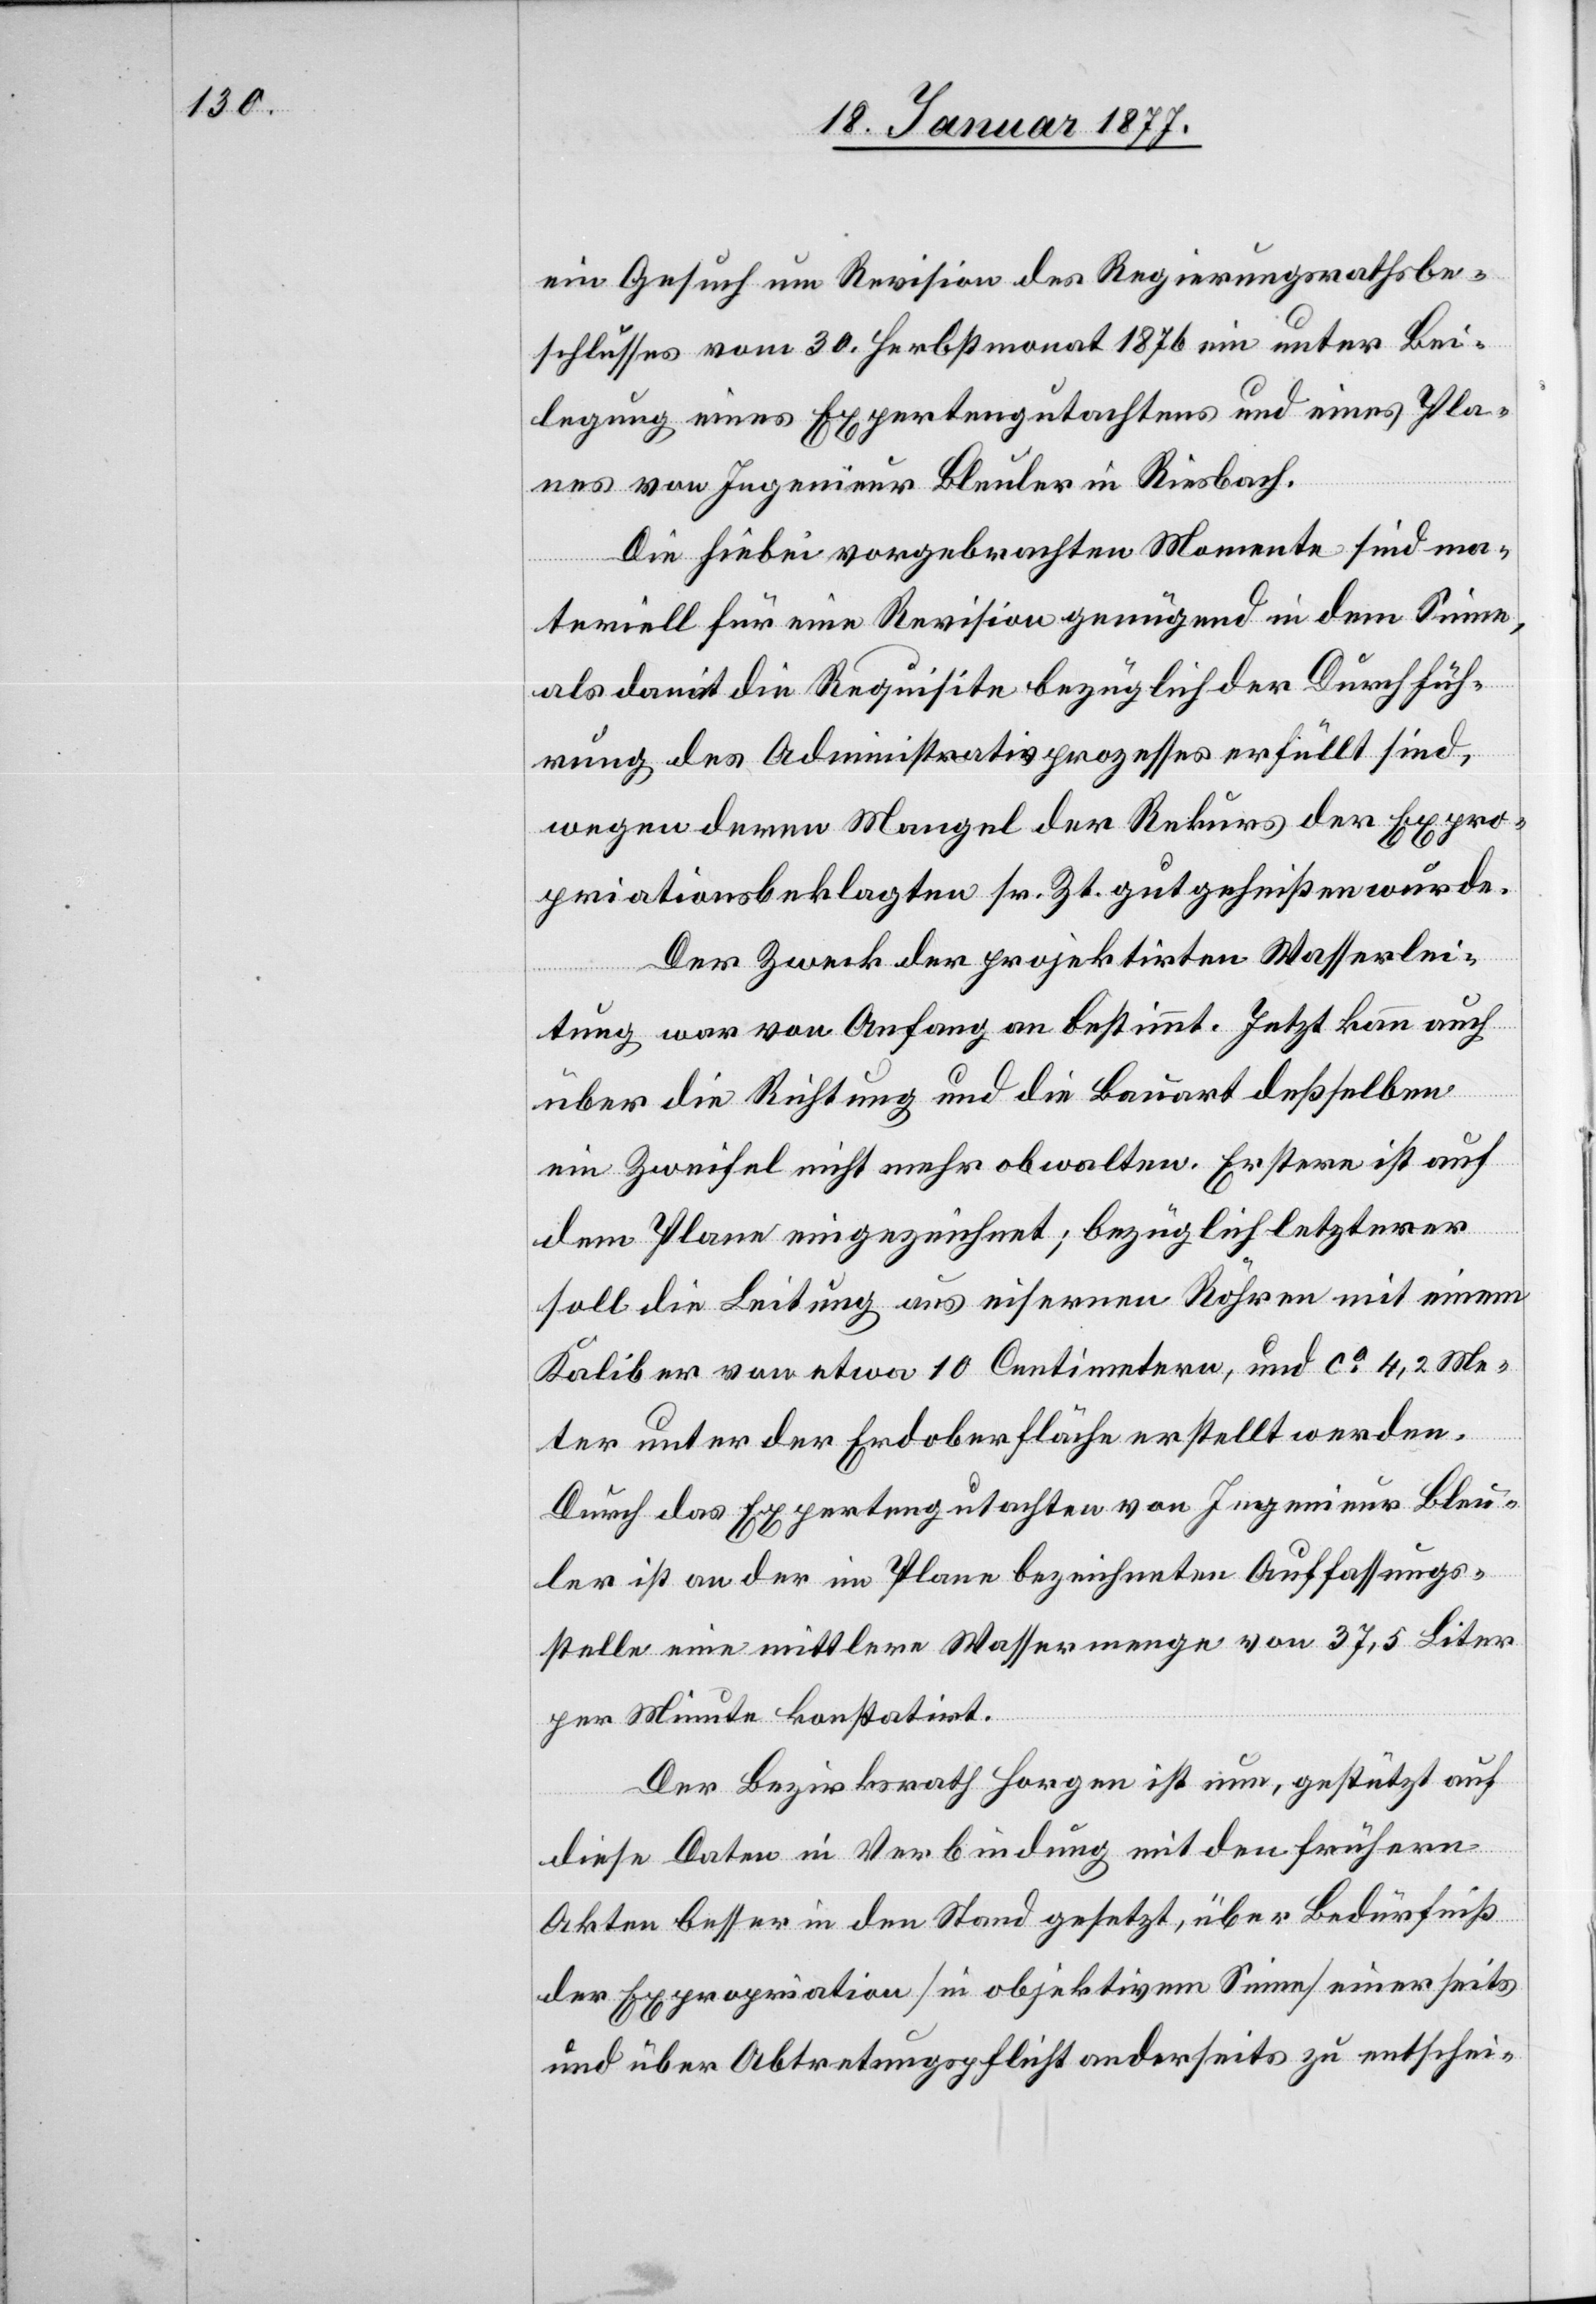
ein Gesuch um Revision des Regierungsrathsbe¬
schlusses vom 30. Herbstmonat 1876 ein unter Bei¬
legung eines Expertengutachtens und eines Pla¬
nes von Ingenieur Bleuler in Riesbach.
Die hiebei vorgebrachten Momente sind ma¬
teriell für eine Revision genügend in dem Sinne,
als damit die Requisite bezüglich der Durchfüh¬
rung des Administrativprozesses erfüllt sind,
wegen deren Mangel der Rekurs der Expro¬
priationsbeklagten sr. Zt. gutgeheißen wurde.
Der Zweck der projektirten Wasserlei¬
tung war von Anfang an bestimmt. Jetzt kann auch
über die Richtung und die Bauart deßselben
ein Zweifel nicht mehr obwalten. Erstere ist auf
dem Plane eingezeichnet; bezüglich letzterer
soll die Leitung aus eisernen Röhren mit einem
Kaliber von etwa 10 Centimetern, und ca 4,2 Me¬
ter unter der Erdoberfläche erstellt werden.
Durch das Expertengutachten von Ingenieur Bleu¬
ler ist an der im Plane bezeichneten Auffassungs¬
stelle eine mittlere Wassermenge von 37,5 Liter
per Minute konstatirt.
Der Bezirksrath Horgen ist nun, gestützt auf
diese Daten in Verbindung mit den frühern
Akten besser in den Stand gesetzt, über Bedürfniß
der Expropriation [in objektivem Sinne] einerseits
und über Abtretungspflicht anderseits zu entschei-